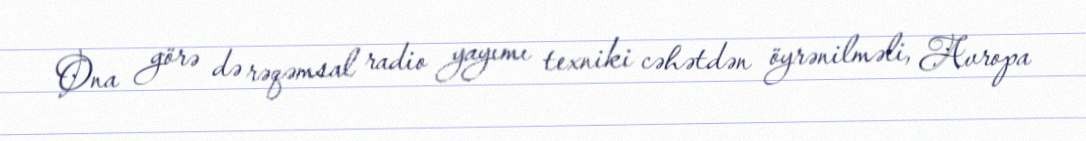
Ona görə də rəqəmsal radio yayımı texniki cəhətdən öyrənilməli, Avropa